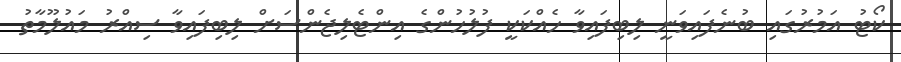
ކޯޓު އަމުރުގައި ބުނެފައިވަނީ ލިބިފައިވާ ހެއްކަކީ ފުލުހުންގެ އިންޓެލިޖެންސަށް ލިބިފައިވާ ސިއްރު މައުލޫމާތު